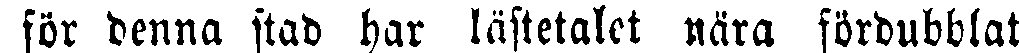
för denna stad har lästetalet nära fördubblat